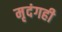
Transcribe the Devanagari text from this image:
मृदंगही